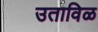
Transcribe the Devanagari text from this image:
उताविळ